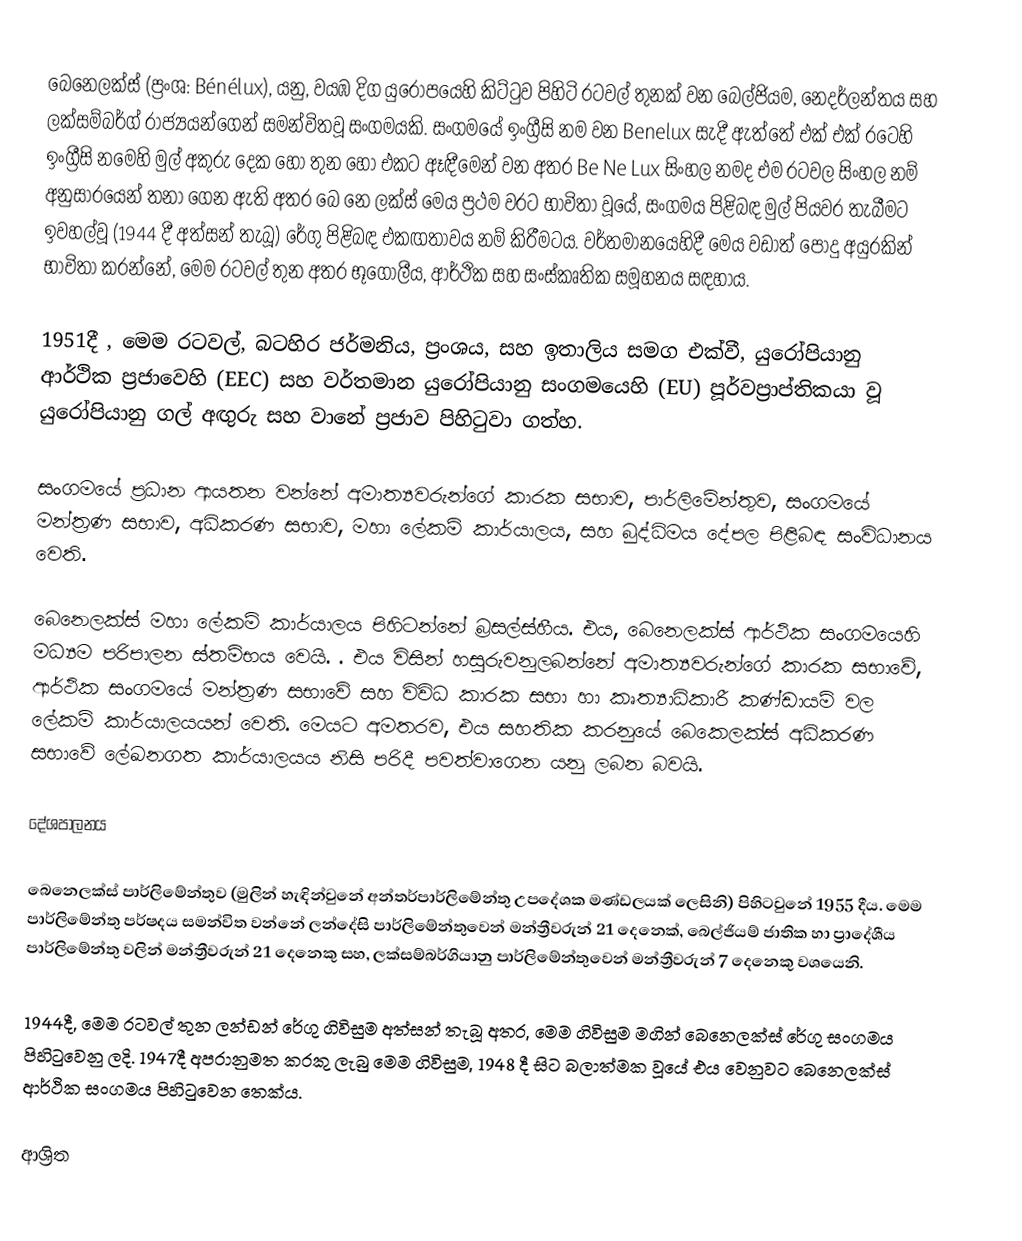
බෙනෙලක්ස් (ප්‍රංශ: Bénélux), යනු, වයඹ දිග යුරෝපයෙහි කිට්ටුව පිහිටි රටවල් තුනක් වන  බෙල්ජියම, නෙදර්ලන්තය සහ ලක්සම්බර්ග් රාජ්‍යයන්ගෙන් සමන්විතවූ සංගමයකි. සංගමයේ ඉංග්‍රීසි නම වන Benelux සැදී ඇත්තේ එක් එක් රටෙහි ඉංග්‍රීසි නමෙහි මුල් අකුරු දෙක හෝ තුන හෝ එකට ඈඳීමෙන් වන අතර Be Ne Lux සිංහල නමද එම රටවල සිංහල නම් අනුසාරයෙන් තනා ගෙන ඇති අතර බෙ නෙ ලක්ස්  මෙය ප්‍රථම වරට භාවිතා වූයේ, සංගමය පිළිබඳ මුල් පියවර තැබීමට ඉවහල්වූ (1944 දී අත්සන් තැබූ) රේගු පිළිබඳ එකඟතාවය නම් කිරීමටය.  වර්තමානයෙහිදී මෙය වඩාත් පොදු අයුරකින් භාවිතා කරන්නේ, මෙම රටවල් තුන අතර භූගෝලීය, ආර්ථික සහ සංස්කෘතික සමූහනය සඳහාය.

1951දී , මෙම රටවල්,  බටහිර  ජර්මනිය, ප්‍රංශය, සහ  ඉතාලිය සමග එක්වී,  යුරෝපියානු ආර්ථික ප්‍රජාවෙහි (EEC) සහ වර්තමාන  යුරෝපියානු සංගමයෙහි (EU) පූර්වප්‍රාප්තිකයා වූ යුරෝපියානු ගල් අඟුරු සහ වානේ ප්‍රජාව පිහිටුවා ගත්හ.

සංගමයේ ප්‍රධාන ආයතන වන්නේ අමාත්‍යවරුන්ගේ කාරක සභාව, පාර්ලිමේන්තුව, සංගමයේ මන්ත්‍රණ සභාව, අධිකරණ සභාව, මහා ලේකම් කාර්යාලය, සහ බුද්ධිමය දේපල පිළිබඳ සංවිධානය වෙති.

බෙනෙලක්ස් මහා ලේකම් කාර්යාලය පිහිටන්නේ  බ්‍රසල්ස්හීය. එය, බෙනෙලක්ස් ආර්ථික සංගමයෙහි මධ්‍යම පරිපාලන ස්තම්භය වෙයි.  . එය විසින් හසුරුවනුලබන්නේ අමාත්‍යවරුන්ගේ කාරක සභාවේ,  ආර්ථික සංගමයේ මන්ත්‍රණ සභාවේ සහ විවිධ කාරක සභා හා කෘත්‍යාධිකාරී කණ්ඩායම් වල  ලේකම් කාර්යාලයයන් වෙති.  මෙයට අමතරව, එය සහතික කරනුයේ බෙකෙලක්ස් අධිකරණ සභාවේ  ලේඛනගත කාර්යාලයය නිසි පරිදී පවත්වාගෙන යනු ලබන බවයි.

දේශපාලනය

බෙනෙලක්ස් පාර්ලිමේන්තුව (මුලින් හැඳින්වුනේ අන්තර්පාර්ලිමේන්තු උපදේශක මණ්ඩලයක් ලෙසිනි) පිහිටවුනේ  1955 දීය. මෙම පාර්ලිමේන්තු  පර්ෂදය සමන්විත වන්නේ ලන්දේසි පාර්ලිමේන්තුවෙන් මන්ත්‍රීවරුන් 21 දෙනෙක්, බෙල්ජියම් ජාතික හා ප්‍රාදේශීය පාර්ලිමේන්තු වලින් මන්ත්‍රීවරුන් 21 දෙනෙකු සහ, ලක්සම්බර්ගියානු පාර්ලිමේන්තුවෙන් මන්ත්‍රීවරුන් 7 දෙනෙකු වශයෙනි.

1944දී, මෙම රටවල් තුන ලන්ඩන් රේගු ගිවිසුම අත්සන් තැබූ අතර, මෙම ගිවිසුම මගින්  බෙනෙලක්ස් රේගු සංගමය පිහිටුවෙනු ලදි. 1947දී අපරානුමත කරකු ලැබු මෙම ගිවිසුම, 1948 දී සිට බලාත්මක  වූයේ  එය වෙනුවට බෙනෙලක්ස් ආර්ථික සංගමය පිහිටුවෙන තෙක්ය.

ආශ්‍රිත